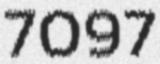
7097